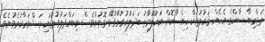
ތަޖްރިބާ ސާކްގެ އެހެން ޤައުމުތަކާ ހިއްސާކޮށް މައުލޫމާތު ބަދަލުކުރުމާގުޅޭ ގޮތުންވެސް މިބައްދަލުވުމުގައި މަޝްވަރާކުރެވުނެވެ.